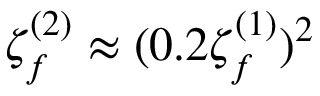
\zeta _ { f } ^ { ( 2 ) } \approx ( 0 . 2 \zeta _ { f } ^ { ( 1 ) } ) ^ { 2 }